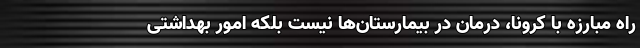
راه مبارزه با کرونا، درمان در بیمارستان‌ها نیست بلکه امور بهداشتی